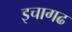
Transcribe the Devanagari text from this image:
इचागढ